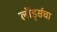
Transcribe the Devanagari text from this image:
लॉर्ड्सचा